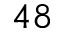
4 8